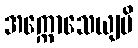
အက္ကောသေယျပိ